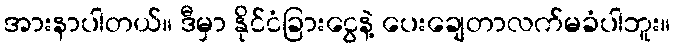
အားနာပါတယ်။ ဒီမှာ နိုင်ငံခြားငွေနဲ့ ပေးချေတာလက်မခံပါဘူး။